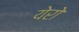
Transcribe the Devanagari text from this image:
येरो